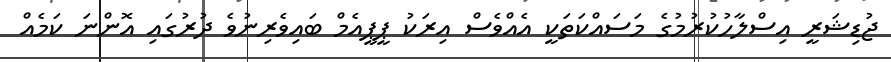
ޖުޑިޝަރީ އިސްލާހުކުރުމުގެ މަސައްކަތަކީ އެއްވެސް އިރަކު ޕީޕީއެމް ބައިވެރިނުވެ ދުރުގައި އޮންނަ ކަމެއް